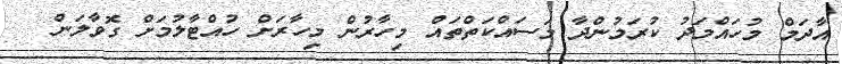
އާދަމް މުހައްމަދު ކުރަމުންދާ މަސައްކަތްތައް މިހާރުން މިހާރަށް ހުއްޓާލުމަށް ގޮވާލަން